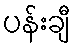
ပန်းချီ